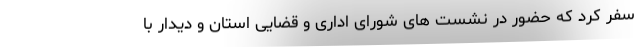
سفر کرد که حضور در نشست های شورای اداری و قضایی استان و دیدار با